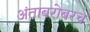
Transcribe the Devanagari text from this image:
अंताबरोबरच